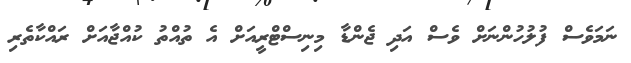
ނަމަވެސް ފުލުހުންނަށް ވެސް އަދި ޖެންޑާ މިނިސްޓްރީއަށް އެ ތުއްތު ކުއްޖާއަށް ރައްކާތެރި